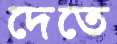
দেতে